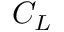
C _ { L }